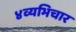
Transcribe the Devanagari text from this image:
४व्यभिचार